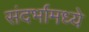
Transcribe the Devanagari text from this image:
संदर्भामध्ये